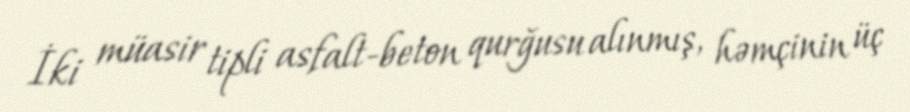
İki müasir tipli asfalt-beton qurğusu alınmış, həmçinin üç